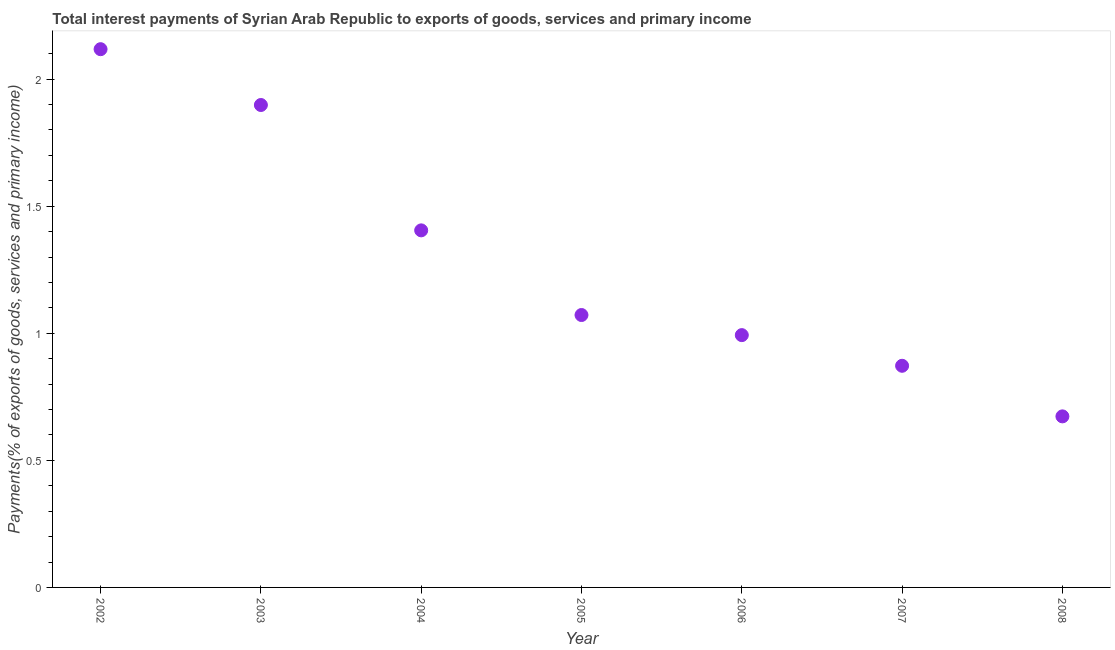
| Year | Interest payments on external debt |
 | --- | --- |
 | 2002 | 2.12 |
 | 2003 | 1.9 |
 | 2004 | 1.4 |
 | 2005 | 1.07 |
 | 2006 | 0.993 |
 | 2007 | 0.872 |
 | 2008 | 0.673 |